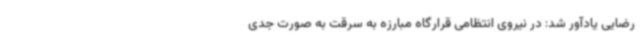
رضایی یادآور شد: در نیروی انتظامی قرارگاه مبارزه به سرقت به صورت جدی